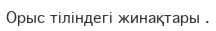
Орыс тіліндегі жинақтары .